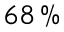
6 8 \, \%